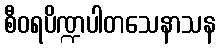
စီဝရပိဏ္ဍပါတသေနာသန